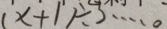
( x + 1 ) \div 3 \cdots 0